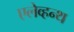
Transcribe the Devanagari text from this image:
एलेव्हन्थ